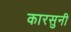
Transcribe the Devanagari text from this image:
कारसुनी